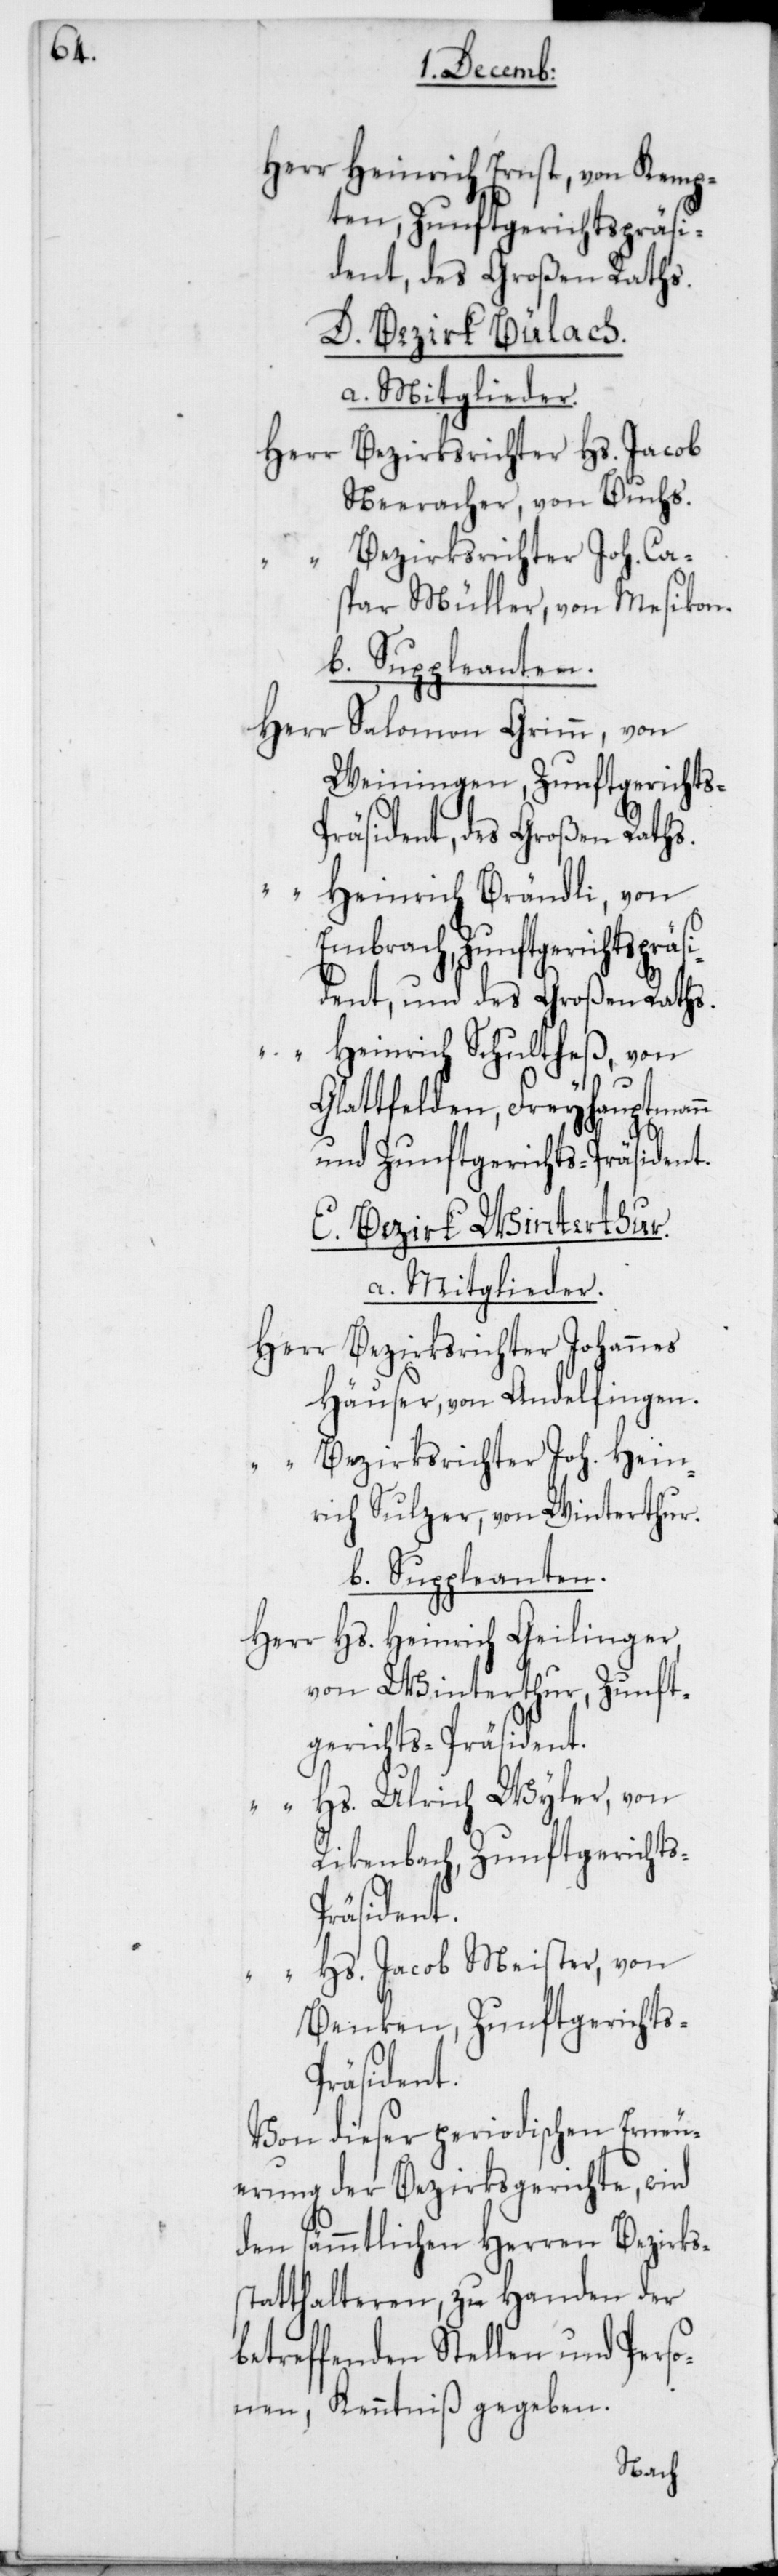
Zunft¬

Herr Heinrich Ernst, von Kemp¬
ten, Zunftgerichtspräsi¬
D. Bezirk Bülach.
Bezirksrichter Hs. Jacob
Herr
Neeracher, von Buchs.
Bezirksrichter Joh. Ca¬
spar Müller, von Mesikon.
b. Suppleanten.
Herr Salomon Grimm, von
Weiningen, Zunftgerichts-P¬
des Großen Raths.
s-P¬
Heinrich Brändli, von
Embrach, Zunftgerichtspr¬
“ Heinrich Schultheß, von
Glattfelden, Freyhauptmann
von Winterthur,
a. Mitglieder.
Herr Bezirksrichter Johannes
Häuser, von Andelfingen.
“ Bezirksrichter Joh. Hein¬
rich Sulzer, von Winterthur.
b. Suppleanten.
Herr Hs. Heinrich Geilinger,
gerichts-Präsident.
“ Hs. Ulrich Wyler, von
Rickenbach, Zunftgericht¬
räsident.
“ Hs. Jacob Meister, von
Benken, Zunftgericht¬
räsident.
Von dieser periodischen Erneu¬
erung der Bezirksgerichte, wird
den sämmtlichen Herren Bezirks¬
statthalteren, zu Handen der
betreffenden Stellen und Perso¬
nen, Kenntniß gegeben.